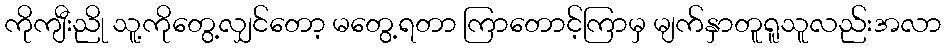
ကိုကျီးညို သူ့ကိုတွေ့လျှင်တော့ မတွေ့ရတာ ကြာတောင့်ကြာမှ မျက်နှာတူရူသူလည်းအလာ